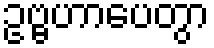
ဥဗ္ဗဟာပေတွာ